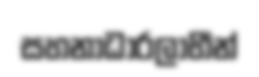
සහනාධාරලාභීන්